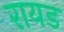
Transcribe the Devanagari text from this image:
रायड